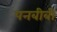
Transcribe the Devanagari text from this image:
पनबीबी